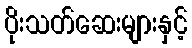
ပိုးသတ်ဆေးများနှင့်